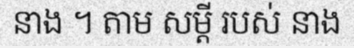
នាង ។ តាម សម្តី របស់ នាង